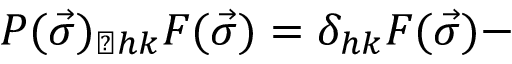
{ \cal P } ( \vec { \sigma } ) _ { \perp h k } F ( \vec { \sigma } ) = \delta _ { h k } F ( \vec { \sigma } ) -